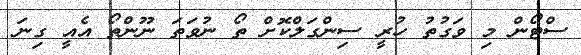
ސްޓޯން މި ވަގުތު ހުރީ ސިންގަލްކޮށް ތޯ ނުވަތަ ނޫންތޯ އެއީ ގިނަ